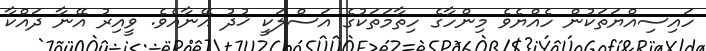
ހައިސިއްޔަތަކުން ހެއްޔެވެ މިންހާގެ ހިތާމަތަކުގެ އަސްލަކީ ޚުދު އޭނާއެވެ. ވީއިރު އޭނާ ދައްކާ